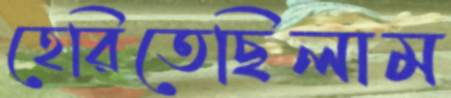
হেরিতেছিলাম